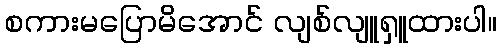
စကားမပြောမိအောင် လျစ်လျူရှူထားပါ။